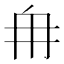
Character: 𮉼